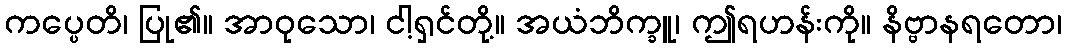
ကပ္ပေတိ၊ ပြု၏။ အာဝုသော၊ ငါ့ရှင်တို့။ အယံဘိက္ခူ၊ ဤရဟန်းကို။ နိဗ္ဗာနရတော၊